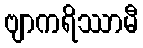
ဗျာကရိဿာမီ